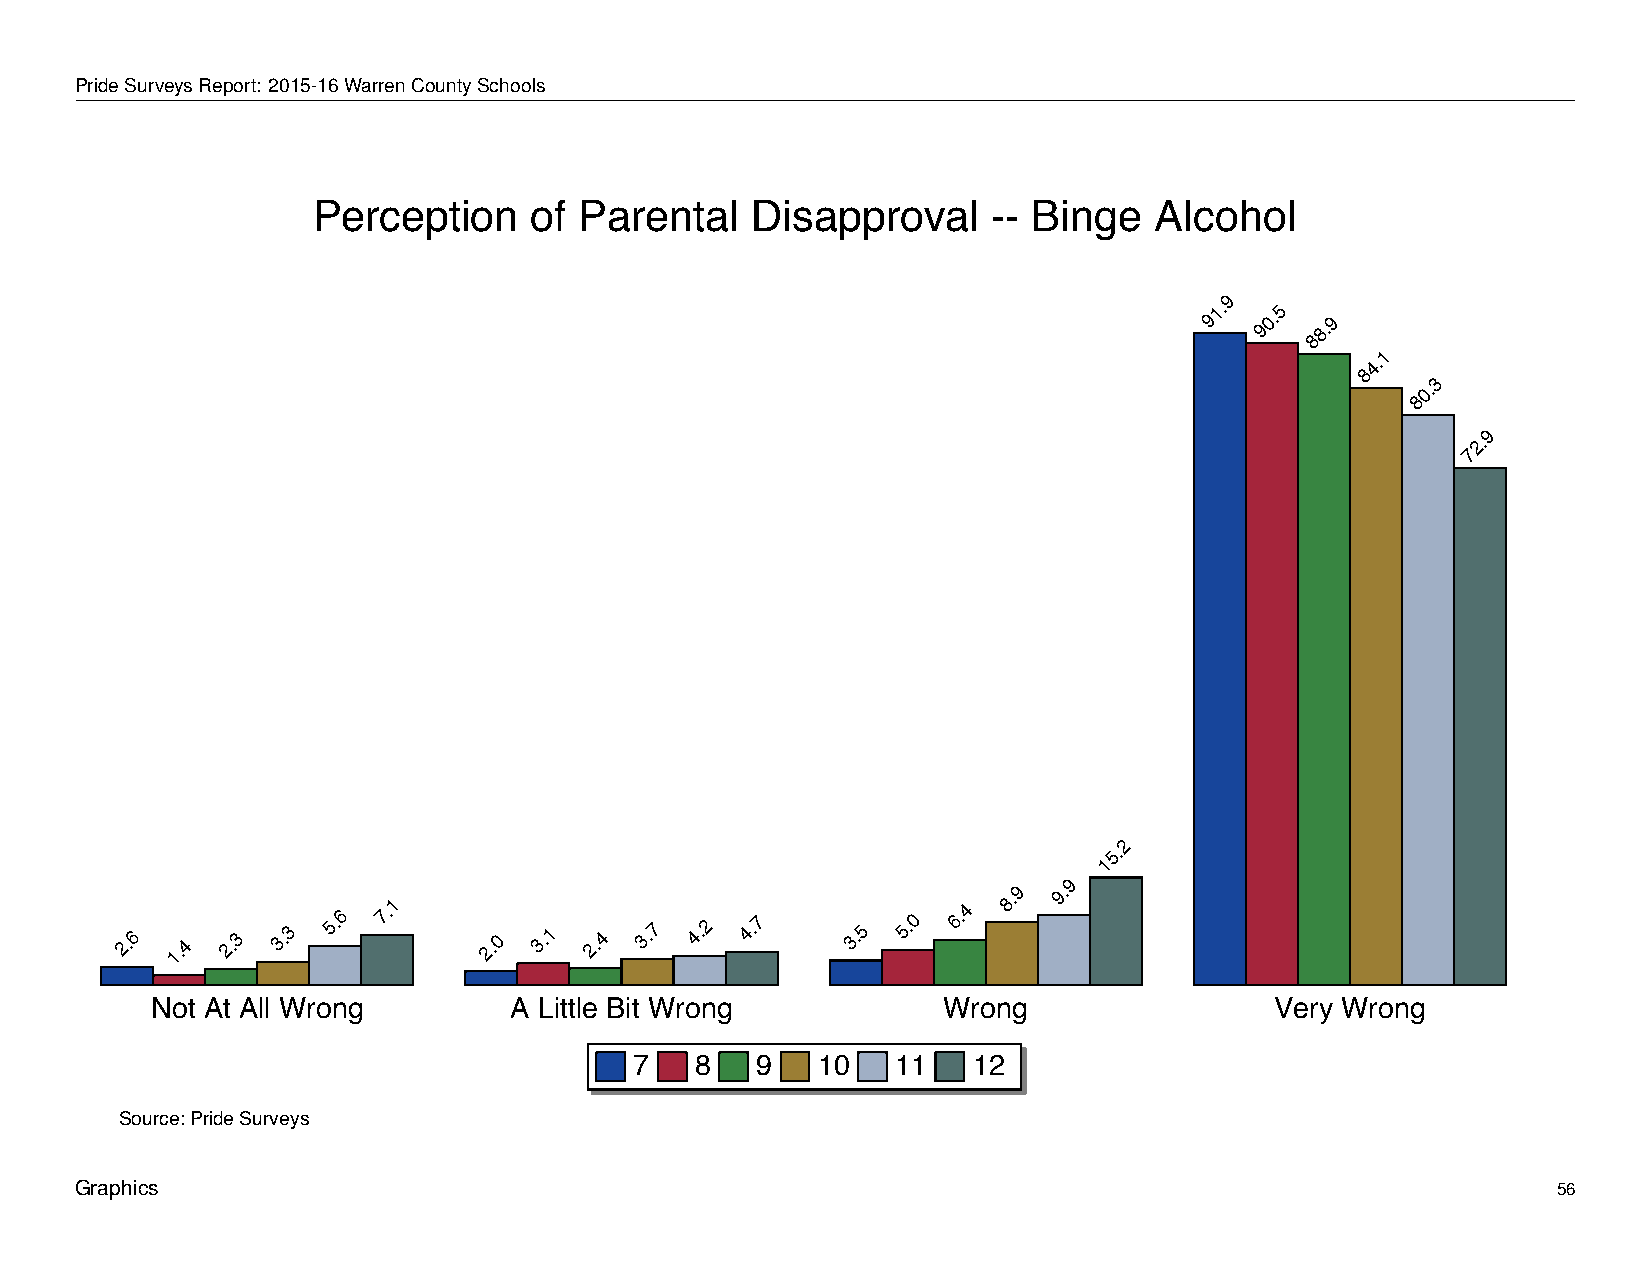
Perception            of    Parental         Disapproval               --  Binge         Alcohol
 PrideSurveysReport: 2015-16WarrenCountySchools
 Perception    of Parental    Disapproval     -- Binge  Alcohol
 9
 91. 90.5
 88.9
 1
 4.
 8
 3
 0.
 8
 9
 2.
 7
 2
 5.
 1
 9
 2.6 1.4 2.3 3.3 5.6 7.1 2.0 3.1 2.4 3.7 4.2 4.7 3.5 5.0 6.4
 8.9 9.
 Not At All Wrong        A Little Bit Wrong          Wrong                 Very Wrong
 7   8   9   10   11   12
 Source: Pride Surveys
 Graphics                                                                                          56